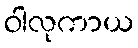
ဝါလုကာယ